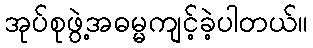
အုပ်စုဖွဲ့အဓမ္မကျင့်ခဲ့ပါတယ်။